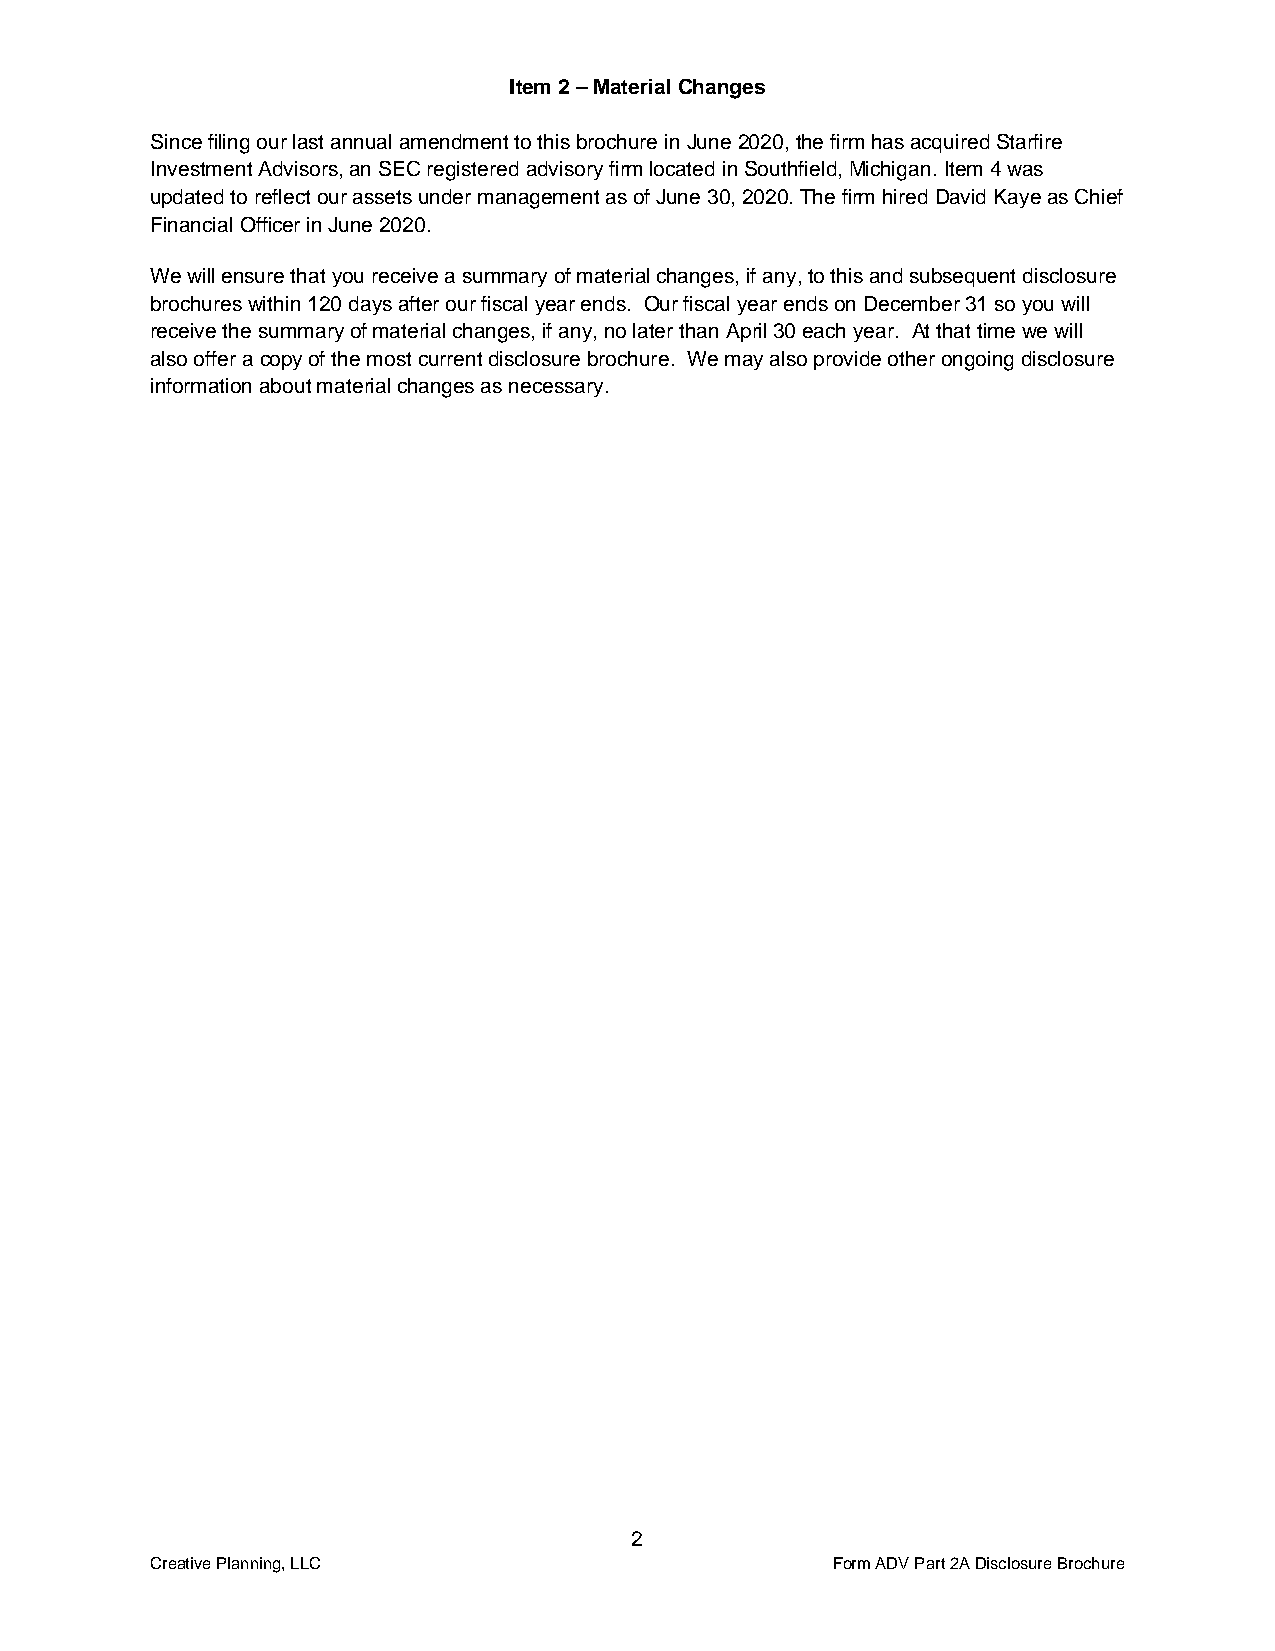
Item 2 – Material Changes
 Since filing our last annual amendment to this brochure in June 2020, the firm has acquired Starfire
 Investment Advisors, an SEC registered advisory firm located in Southfield, Michigan. Item 4 was
 updated to reflect our assets under management as of June 30, 2020. The firm hired David Kaye as Chief
 Financial Officer in June 2020.
 We will ensure that you receive a summary of material changes, if any, to this and subsequent disclosure
 brochures within 120 days after our fiscal year ends. Our fiscal year ends on December 31 so you will
 receive the summary of material changes, if any, no later than April 30 each year. At that time we will
 also offer a copy of the most current disclosure brochure. We may also provide other ongoing disclosure
 information about material changes as necessary.
 2
 Creative Planning, LLC                       Form ADV Part 2A Disclosure Brochure